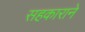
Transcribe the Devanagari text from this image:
सहकाराने